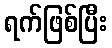
ရက်ဖြစ်ပြီး